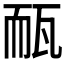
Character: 𤭃